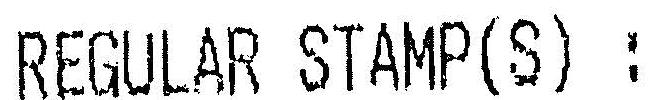
REGULAR STAMP(S) :